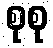
စုစု